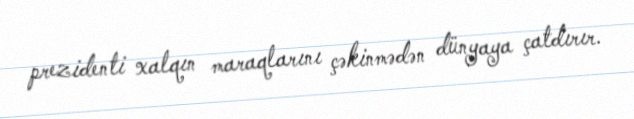
prezidenti xalqın maraqlarını çəkinmədən dünyaya çatdırır.